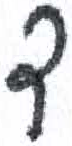
אות: ד